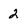
Character: 2